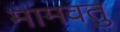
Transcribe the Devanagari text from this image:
मामवतु